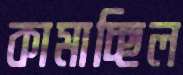
কামাচ্ছিল